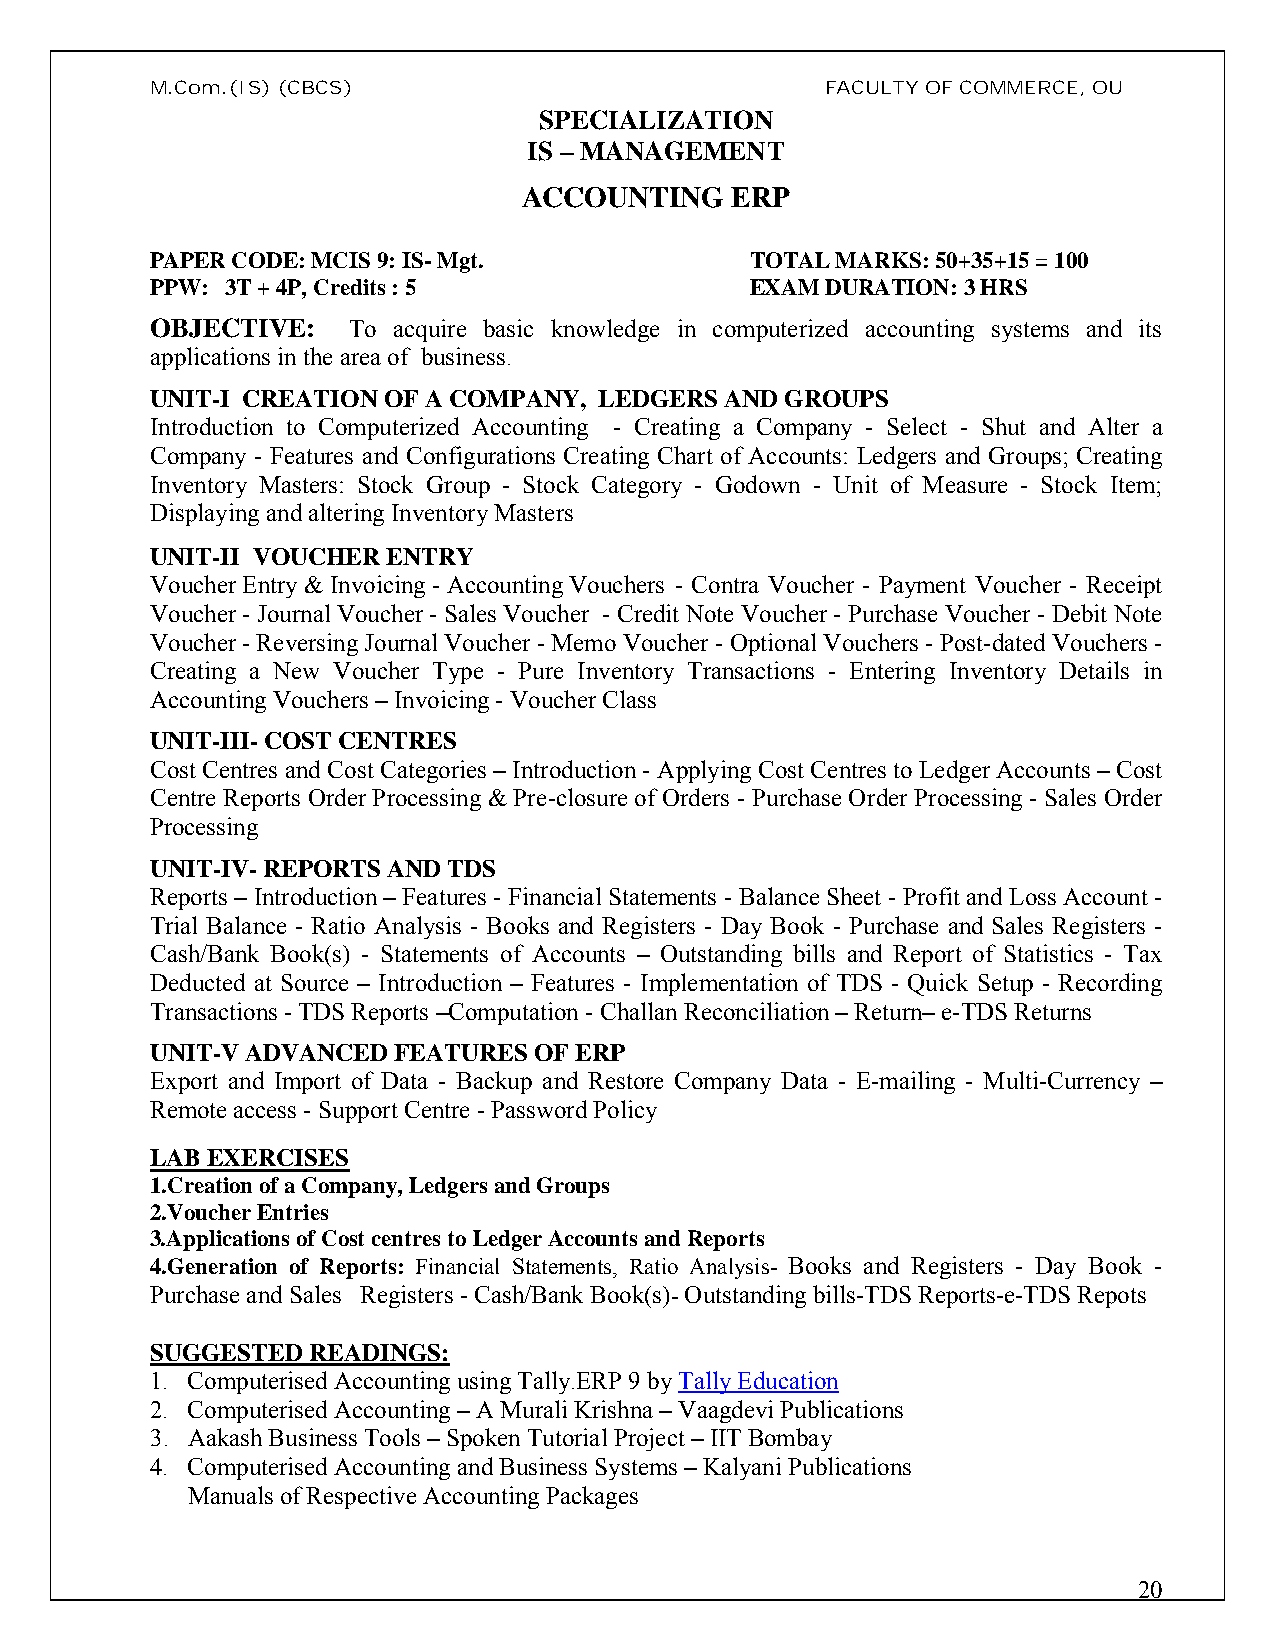
M.Com.(IS)(CBCS)                             FACULTY OF COMMERCE, OU
 SPECIALIZATION
 IS – MANAGEMENT
 ACCOUNTING   ERP
 PAPER CODE: MCIS 9: IS-Mgt.             TOTAL MARKS: 50+35+15 = 100
 PPW: 3T + 4P, Credits : 5               EXAM DURATION: 3 HRS
 OBJECTIVE:   To acquire basic knowledge in computerized accounting systems and its
 applications in the area of business.
 UNIT-I CREATION OF A COMPANY, LEDGERS AND GROUPS
 Introduction to Computerized Accounting - Creating a Company - Select - Shut and Alter a
 Company - Features and Configurations Creating Chart of Accounts: Ledgers and Groups; Creating
 Inventory Masters: Stock Group - Stock Category - Godown - Unit of Measure - Stock Item;
 Displaying and altering Inventory Masters
 UNIT-II VOUCHER ENTRY
 Voucher Entry & Invoicing- Accounting Vouchers - Contra Voucher - Payment Voucher - Receipt
 Voucher - Journal Voucher - Sales Voucher - Credit Note Voucher - Purchase Voucher - Debit Note
 Voucher -Reversing Journal Voucher -Memo Voucher - Optional Vouchers - Post-dated Vouchers -
 Creating a New Voucher Type - Pure Inventory Transactions - Entering Inventory Details in
 Accounting Vouchers– Invoicing- Voucher Class
 UNIT-III-COST CENTRES
 Cost Centres and Cost Categories – Introduction - Applying Cost Centres to Ledger Accounts – Cost
 Centre Reports Order Processing & Pre-closure of Orders - Purchase Order Processing - Sales Order
 Processing
 UNIT-IV-REPORTS AND TDS
 Reports – Introduction – Features - Financial Statements - Balance Sheet - Profit and Loss Account -
 Trial Balance - Ratio Analysis - Books and Registers - Day Book - Purchase and Sales Registers -
 Cash/Bank Book(s) - Statements of Accounts – Outstanding bills and Report of Statistics - Tax
 Deducted at Source – Introduction – Features - Implementation of TDS - Quick Setup - Recording
 Transactions-TDS Reports –Computation -Challan Reconciliation–Return–e-TDS Returns
 UNIT-V ADVANCED FEATURES OF ERP
 Export and Import of Data - Backup and Restore Company Data - E-mailing - Multi-Currency –
 Remote access-Support Centre -Password Policy
 LAB EXERCISES
 1.Creation of a Company, Ledgers and Groups
 2.Voucher Entries
 3.Applications of Cost centres to Ledger Accounts and Reports
 4.Generation of Reports: Financial Statements, Ratio Analysis- Books and Registers - Day Book -
 Purchase and Sales Registers -Cash/Bank Book(s)-Outstanding bills-TDS Reports-e-TDS Repots
 SUGGESTED READINGS:
 1. ComputerisedAccounting using Tally.ERP 9 by Tally Education
 2. Computerised Accounting –A Murali Krishna – Vaagdevi Publications
 3. Aakash Business Tools –Spoken Tutorial Project – IIT Bombay
 4. Computerised Accounting and Business Systems –Kalyani Publications
 Manuals of Respective Accounting Packages
 20